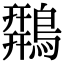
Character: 𪂍